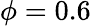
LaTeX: \phi=0.6